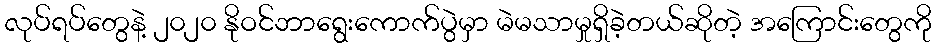
လုပ်ရပ်တွေနဲ့ ၂၀၂၀ နိုဝင်ဘာရွေးကောက်ပွဲမှာ မဲမသာမှုရှိခဲ့တယ်ဆိုတဲ့ အကြောင်းတွေကို